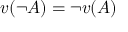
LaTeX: v ( \lnot A ) = \lnot v ( A )